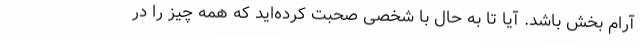
آرام بخش باشد. آیا تا به حال با شخصی صحبت کرده‌اید که همه چیز را در